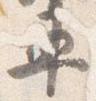
車